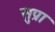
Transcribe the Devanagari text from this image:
सुप्रा